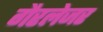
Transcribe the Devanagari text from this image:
गैरलेजर